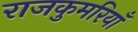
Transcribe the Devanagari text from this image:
राजकुमरियाँ